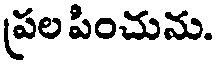
ప్రల పించును.